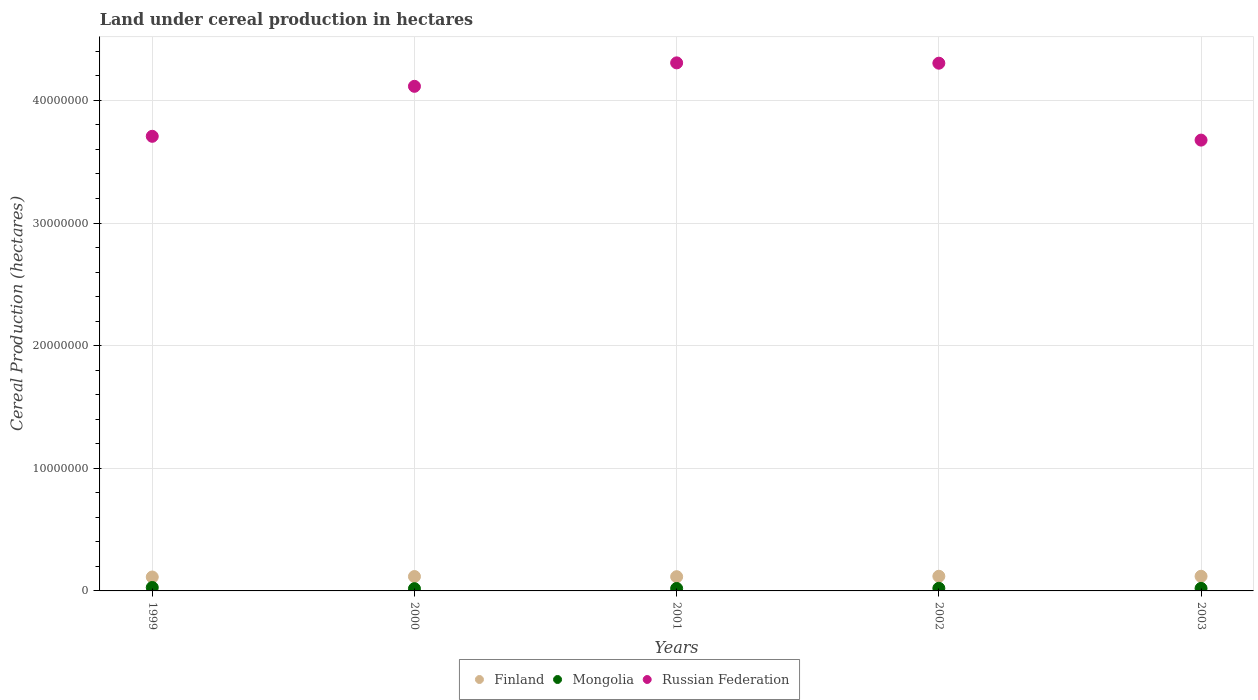
| Years | Finland | Mongolia | Russian Federation |
 | --- | --- | --- | --- |
 | 1999 | 1.13e+06 | 2.79e+05 | 3.71e+07 |
 | 2000 | 1.17e+06 | 1.83e+05 | 4.11e+07 |
 | 2001 | 1.16e+06 | 2e+05 | 4.31e+07 |
 | 2002 | 1.2e+06 | 2.14e+05 | 4.3e+07 |
 | 2003 | 1.19e+06 | 2.07e+05 | 3.68e+07 |